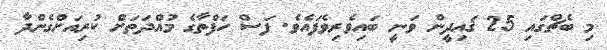
މި ބެޗްގައި 25 ޤައިދީން ވަނީ ބައިވެރިވެފައެވެ. ފަސް ހަފްތާގެ މުއްދަތަށް ކުރިއަށްގެންދާ